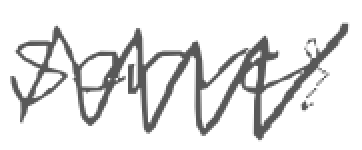
Text: serves
Cross-out: mix
Writing tool: digital_gray